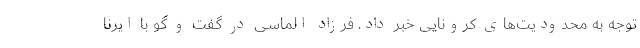
توجه به محدودیت‌های کرونایی خبر داد. فرزاد الماسی در گفت و گو با ایرنا